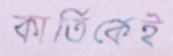
কার্তিকেই